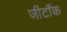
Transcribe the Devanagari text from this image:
जीटॉक